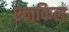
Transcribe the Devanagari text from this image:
ऐलकिल